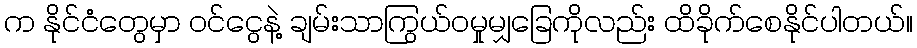
က နိုင်ငံတွေမှာ ၀င်ငွေနဲ့ ချမ်းသာကြွယ်ဝမှုမျှခြေကိုလည်း ထိခိုက်စေနိုင်ပါတယ်။